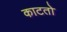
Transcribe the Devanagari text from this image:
काटतो